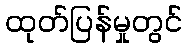
ထုတ်ပြန်မှုတွင်